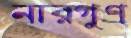
নারগুণ